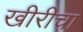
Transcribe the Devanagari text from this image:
खीरीचा